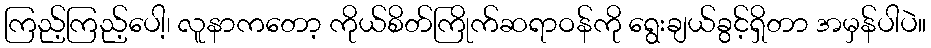
ကြည့်ကြည့်ပေါ့၊ လူနာကတော့ ကိုယ်စိတ်ကြိုက်ဆရာဝန်ကို ရွေးချယ်ခွင့်ရှိတာ အမှန်ပါပဲ။